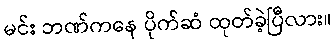
မင်း ဘဏ်ကနေ ပိုက်ဆံ ထုတ်ခဲ့ပြီလား။